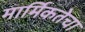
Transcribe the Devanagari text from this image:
मार्मिकतेचा